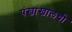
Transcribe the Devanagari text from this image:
पंखांखालची